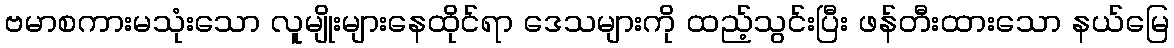
ဗမာစကားမသုံးသော လူမျိုးများနေထိုင်ရာ ဒေသများကို ထည့်သွင်းပြီး ဖန်တီးထားသော နယ်မြေ